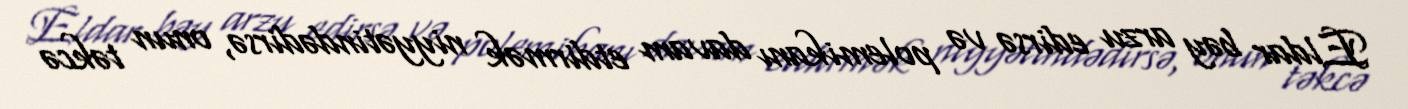
Eldar bəy arzu edirsə və polemikanı davam etdirmək niyyətindədirsə, onun təkcə